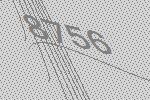
8756